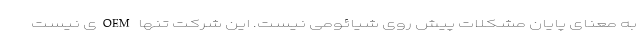
به معنای پایان مشکلات پیش روی شیائومی نیست. این شرکت تنها OEMی نیست